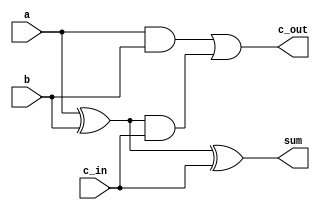
//////////////////////////////////////////////////////////////////////////////////
// Company: 
// Engineer: 
// 
// Design Name: 
// Module Name: FA_BEH
// Project Name: 
// Target Devices: 
// Tool Versions: 
// Description: 
// 
// Dependencies: 
// 
// Revision:
// Revision 0.01 - File Created
// Additional Comments:
// 
//////////////////////////////////////////////////////////////////////////////////


module fa_beh(input a,b,c_in,
              output reg sum,c_out);

    always @ (a or b or c_in) begin
        sum = a ^ b ^ c_in;
        c_out = (a & b) | ((a^b) & c_in);
    end
endmodule